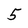
Character: 5